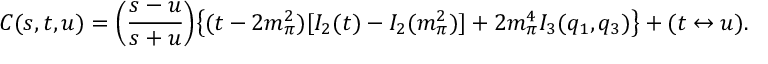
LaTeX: C ( s , t , u ) = \left( \frac { s - u } { s + u } \right) \! \left\{ ( t - 2 m _ { \pi } ^ { 2 } ) [ I _ { 2 } ( t ) - I _ { 2 } ( m _ { \pi } ^ { 2 } ) ] + 2 m _ { \pi } ^ { 4 } I _ { 3 } ( q _ { 1 } , q _ { 3 } ) \right\} + ( t \leftrightarrow u ) .